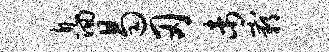
息回曷刃未霸